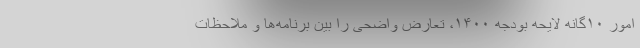
امور ۱۰گانه لایحه بودجه ۱۴۰۰، تعارض واضحی را بین برنامه‌ها و ملاحظات